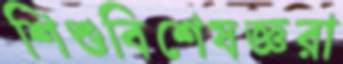
শিশুবিশেষজ্ঞরা